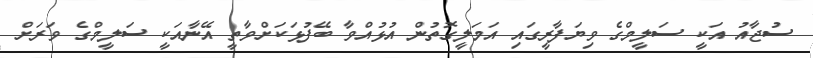
ސުޖާއު އަކީ ސަލީމްގެ ވިޔަފާރީގައި އަމަލީގޮތުން އުޅުއްވާ ބޭފުޅަކަށްވާތީ އޭނާއަކީ ސަލީމްގެ ވަރަށް